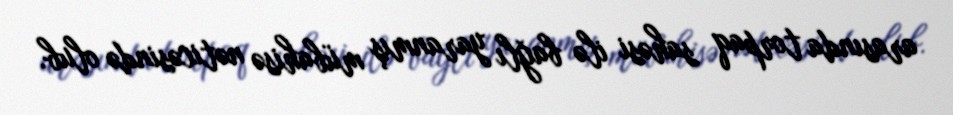
arasında torpaq sahəsi ilə bağlı yaranmış mübahisə nəticəsində olub.